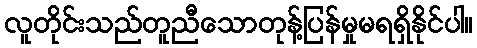
လူတိုင်းသည်တူညီသောတုန့်ပြန်မှုမရရှိနိုင်ပါ။